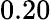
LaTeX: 0.20